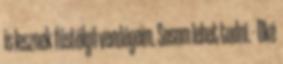
is lesznek füstölgő vendégeim. Sosem lehet tudni. - Oké